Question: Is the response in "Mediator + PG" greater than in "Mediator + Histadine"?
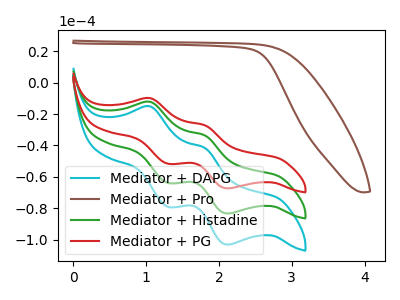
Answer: <think>The cyan curve "Mediator + DAPG" has anodic peaks at (1.05V, -24.35uA) (1.80V, -67.05uA) and cathodic peaks at (1.30V, -127.75uA) (2.10V, -166.70uA). The brown curve "Mediator + Pro" has no peaks. The green curve "Mediator + Histadine" has anodic peaks at (1.05V, -12.20uA) (1.80V, -33.55uA) and cathodic peaks at (1.30V, -63.90uA) (2.10V, -83.35uA). The red curve "Mediator + PG" has anodic peaks at (1.05V, -9.85uA) (1.80V, -27.10uA) and cathodic peaks at (1.30V, -51.60uA) (2.10V, -67.35uA).
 All the peaks in "Mediator + PG" have a peak in "Mediator + Histadine" at the same potential.</think>
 <answer>I cant tell if "Mediator + PG" or "Mediator + Histadine" has more signal.</answer>
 <eval>mixed_signal</eval>